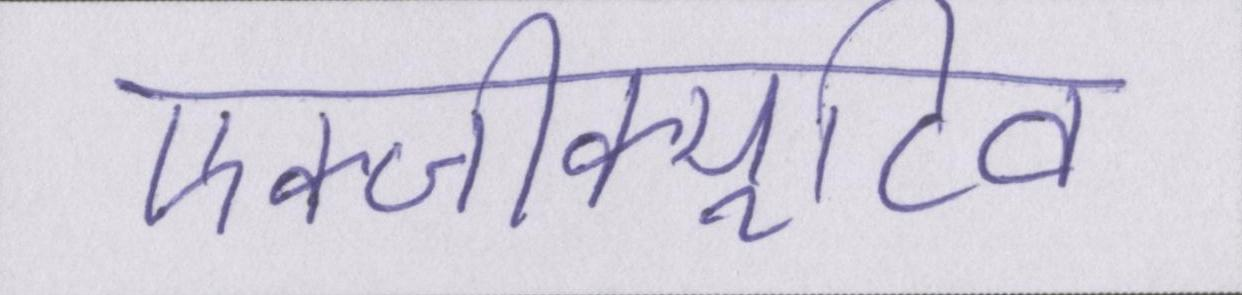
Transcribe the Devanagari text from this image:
एक्जीक्यूटिव